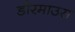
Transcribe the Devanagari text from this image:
डौरमाउस